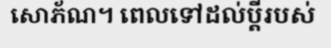
សោភ័ណ។ ពេលទៅដល់ប្តីរបស់